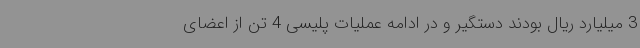
3 میلیارد ریال بودند دستگیر و در ادامه عملیات پلیسی 4 تن از اعضای